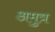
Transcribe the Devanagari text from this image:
अमुत्र